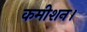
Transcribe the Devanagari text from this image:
कमीशन।